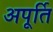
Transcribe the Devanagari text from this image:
अपूर्ति